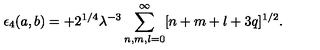
\epsilon _ { 4 } ( a , b ) = + 2 ^ { 1 / 4 } \lambda ^ { - 3 } \sum _ { n , m , l = 0 } ^ { \infty } [ n + m + l + 3 q ] ^ { 1 / 2 } .